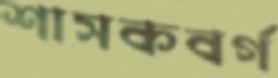
শাসকবর্গ